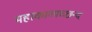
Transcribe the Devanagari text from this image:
महाकाव्यच्छन्द